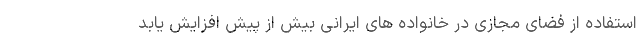
استفاده از فضای مجازی در خانواده های ایرانی بیش از پیش افزایش یابد